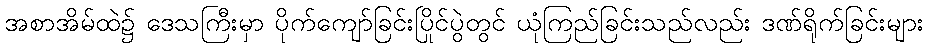
အစာအိမ်ထဲ၌ ဒေသကြီးမှာ ပိုက်ကျော်ခြင်းပြိုင်ပွဲတွင် ယုံကြည်ခြင်းသည်လည်း ဒဏ်ရိုက်ခြင်းများ